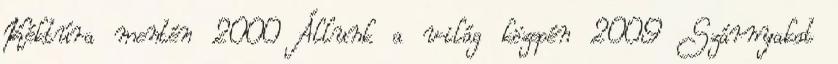
Kéktúra mentén 2000 Állunk a világ közepén 2009 Szárnyakat